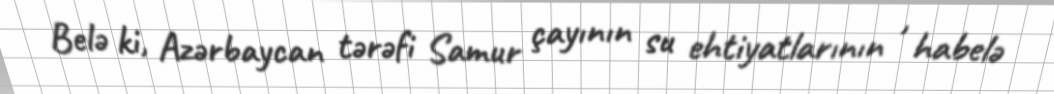
Belə ki, Azərbaycan tərəfi Samur çayının su ehtiyatlarının , habelə